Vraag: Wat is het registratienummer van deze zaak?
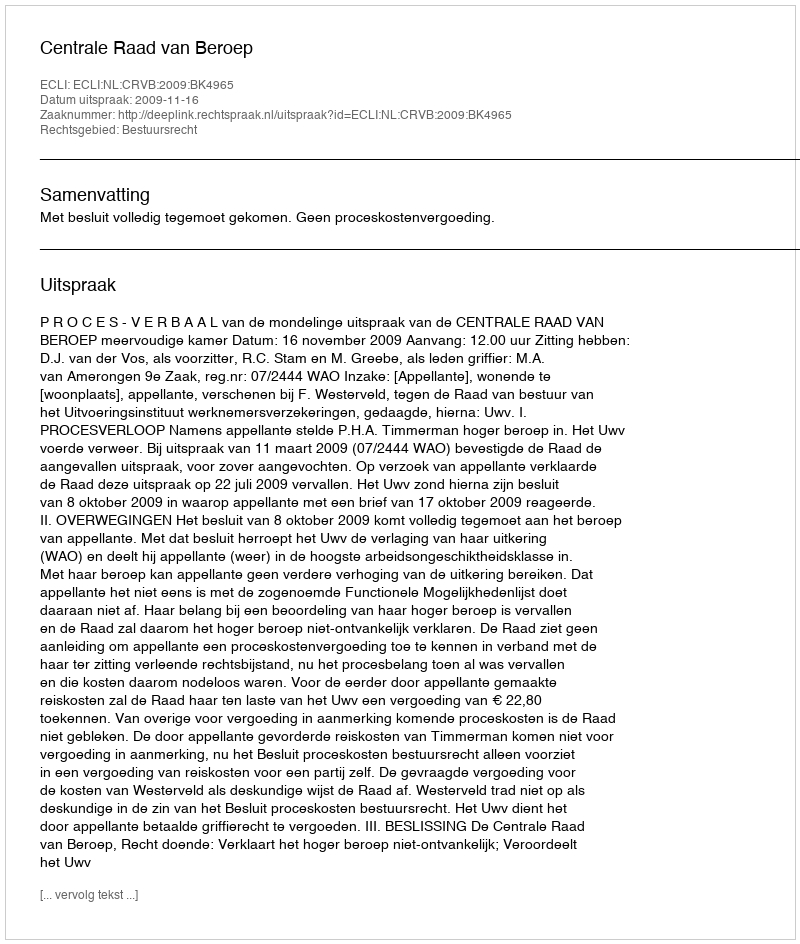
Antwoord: http://deeplink.rechtspraak.nl/uitspraak?id=ECLI:NL:CRVB:2009:BK4965